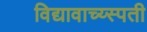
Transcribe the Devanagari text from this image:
विद्यावाच्य्स्पती